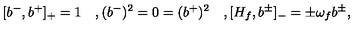
[ b ^ { - } , b ^ { + } ] _ { + } = 1 \quad , ( b ^ { - } ) ^ { 2 } = 0 = ( b ^ { + } ) ^ { 2 } \quad , [ H _ { f } , b ^ { \pm } ] _ { - } = \pm \omega _ { f } b ^ { \pm } ,